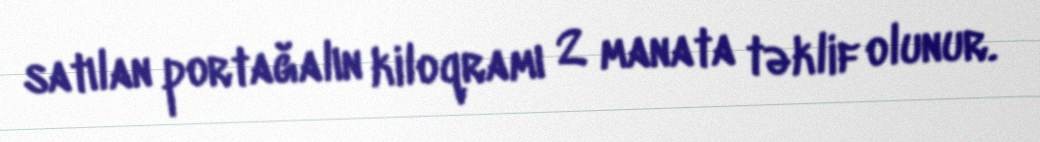
satılan portağalın kiloqramı 2 manata təklif olunur.